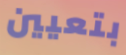
بتعيين